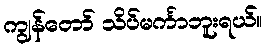
ကျွန်တော် သိပ်မင်္ကာဘူးရယ်။